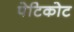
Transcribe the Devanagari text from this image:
पेटिकोट